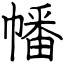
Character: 幡